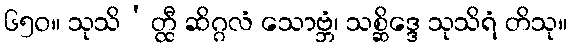
၆၅၀။ သုသိ’တ္ထီ ဆိဂ္ဂလံ သောဗ္ဘံ၊ သစ္ဆိဒ္ဒေ သုသိရံ တိသု။